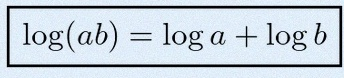
\log(ab)=\log a+\log b